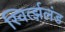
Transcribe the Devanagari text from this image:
स्विर्त्झलंड